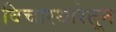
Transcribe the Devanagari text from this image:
विचारधारेतून